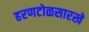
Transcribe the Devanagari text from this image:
हरणटोळसारखे